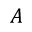
A